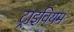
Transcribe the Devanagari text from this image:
ट्राइवियम